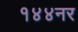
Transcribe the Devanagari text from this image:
१४४नर